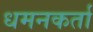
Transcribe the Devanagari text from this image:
धमनकर्ता